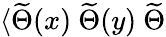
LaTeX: \langle\widetilde{\Theta}(x)~\widetilde{\Theta}(y)~\widetilde{\Theta}